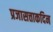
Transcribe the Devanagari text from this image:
प्रजासत्ताकदिन